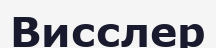
Висслер